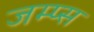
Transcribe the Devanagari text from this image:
जम्प्स